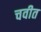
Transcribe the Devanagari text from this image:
चवीत